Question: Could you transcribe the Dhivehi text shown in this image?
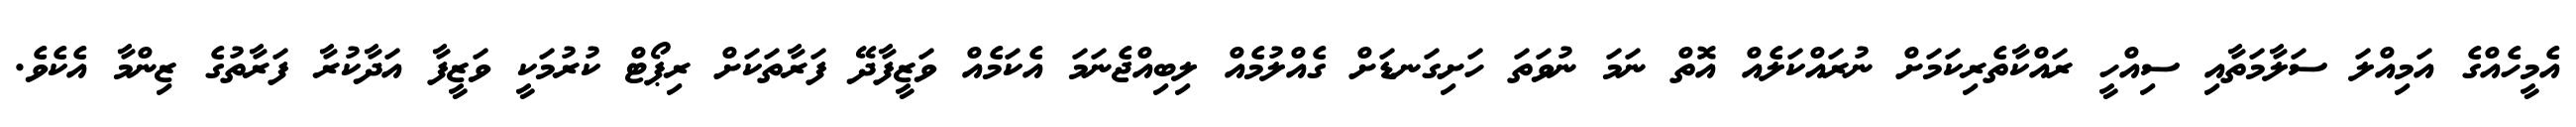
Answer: އެމީހެއްގެ އަމިއްލަ ސަލާމަތާއި ސިއްހީ ރައްކާތެރިކަމަށް ނުރައްކަލެއް އޮތް ނަމަ ނުވަތަ ހަށިގަނޑަށް ގެއްލުމެއް ލިބިއްޖެނަމަ އެކަމެއް ވަޒީފާދޭ ފަރާތަކަށް ރިޕޯޓް ކުރުމަކީ ވަޒީފާ އަދާކުރާ ފަރާތުގެ ޒިންމާ އެކެވެ.